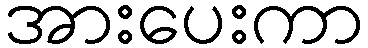
အားပေးကာ